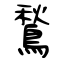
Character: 鶖